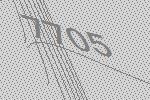
7705